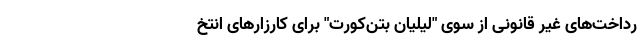
رداخت‌های غیر قانونی از سوی "لیلیان بتن‌کورت" برای کارزارهای انتخ